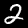
Digit: 2